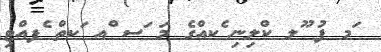
ަމ ފު ޫލ ކްލިނި ެކއްގެ މަ ަސ ްއ ަކތް ެފއްޓި